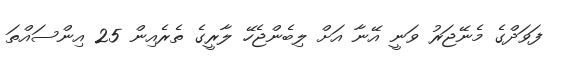
ފަވަދްގެ މެނޭޖަރު ވަނީ އޭނާ އަށް ލިބެންޖެހޭ ލާރީގެ ތެރެއިން 25 އިންސައްތަ